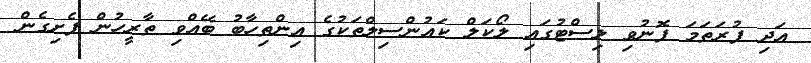
އަދި ފުރަތަމަ ފޮނުވި ލިސްޓުގައި ލޯކަލް ކައުންސިލްތަކުގެ އިންތިހާބު ބޭއްވި ތާރީހުން ފެށިގެން